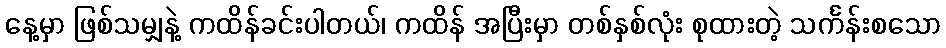
နေ့မှာ ဖြစ်သမျှနဲ့ ကထိန်ခင်းပါတယ်၊ ကထိန် အပြီးမှာ တစ်နှစ်လုံး စုထားတဲ့ သင်္ကန်းစသော